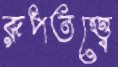
রূপতত্ত্বে